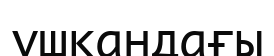
ұшқандағы